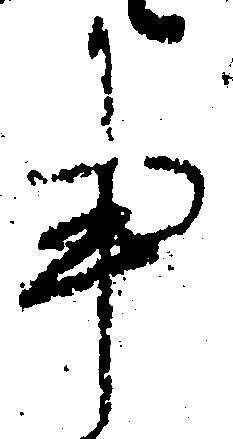
事